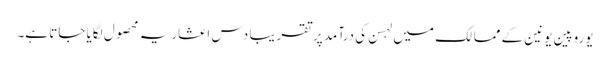
یوروپین یونین کے ممالک میں لہسن کی درآمد پر تقریبا دس اعشاریہ محصول لگایا جاتا ہے۔